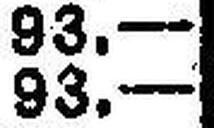
93.—